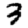
Digit: 3